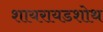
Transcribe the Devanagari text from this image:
शायरायडशोथ